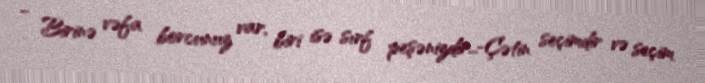
- Birinə vəfa borcunuz var, biri isə sırf peşənizdir...-Çətin seçimdir və seçim